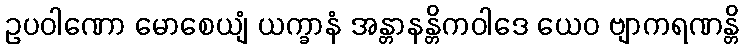
ဥပဝါဏော မောစေယျံ ယက္ခာနံ အန္တာနန္တိကဝါဒေ ယေဝ ဗျာကရဏန္တိ